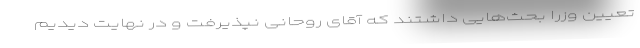
تعیین وزرا بحث‌هایی داشتند که آقای روحانی نپذیرفت و در نهایت دیدیم